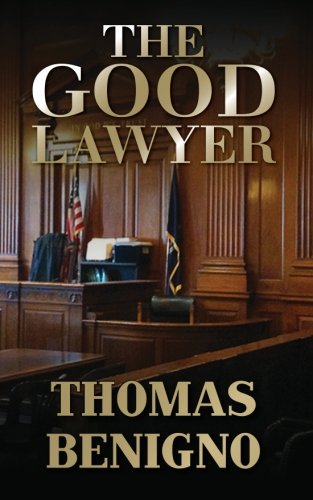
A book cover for The Good Lawyer: (Mass Market Paperback); Thomas Benigno; Mystery, Thriller & Suspense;